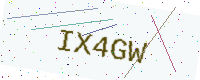
Text: IX4GW